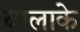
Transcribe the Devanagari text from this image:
बालाके